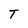
Character: T